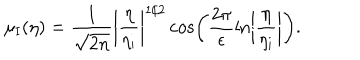
\mu _ { \mathrm { I } } ( \eta ) = \frac { 1 } { \sqrt { 2 n } } \biggl \vert \frac { \eta } { \eta _ { \mathrm { i } } } \biggr \vert ^ { 1 / 2 } \cos \biggl ( \frac { 2 \pi } { \epsilon } \ln \biggl \vert \frac { \eta } { \eta _ { \mathrm { i } } } \biggr \vert \biggr ) .